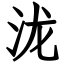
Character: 泷